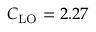
C _ { \mathrm { L O } } = 2 . 2 7